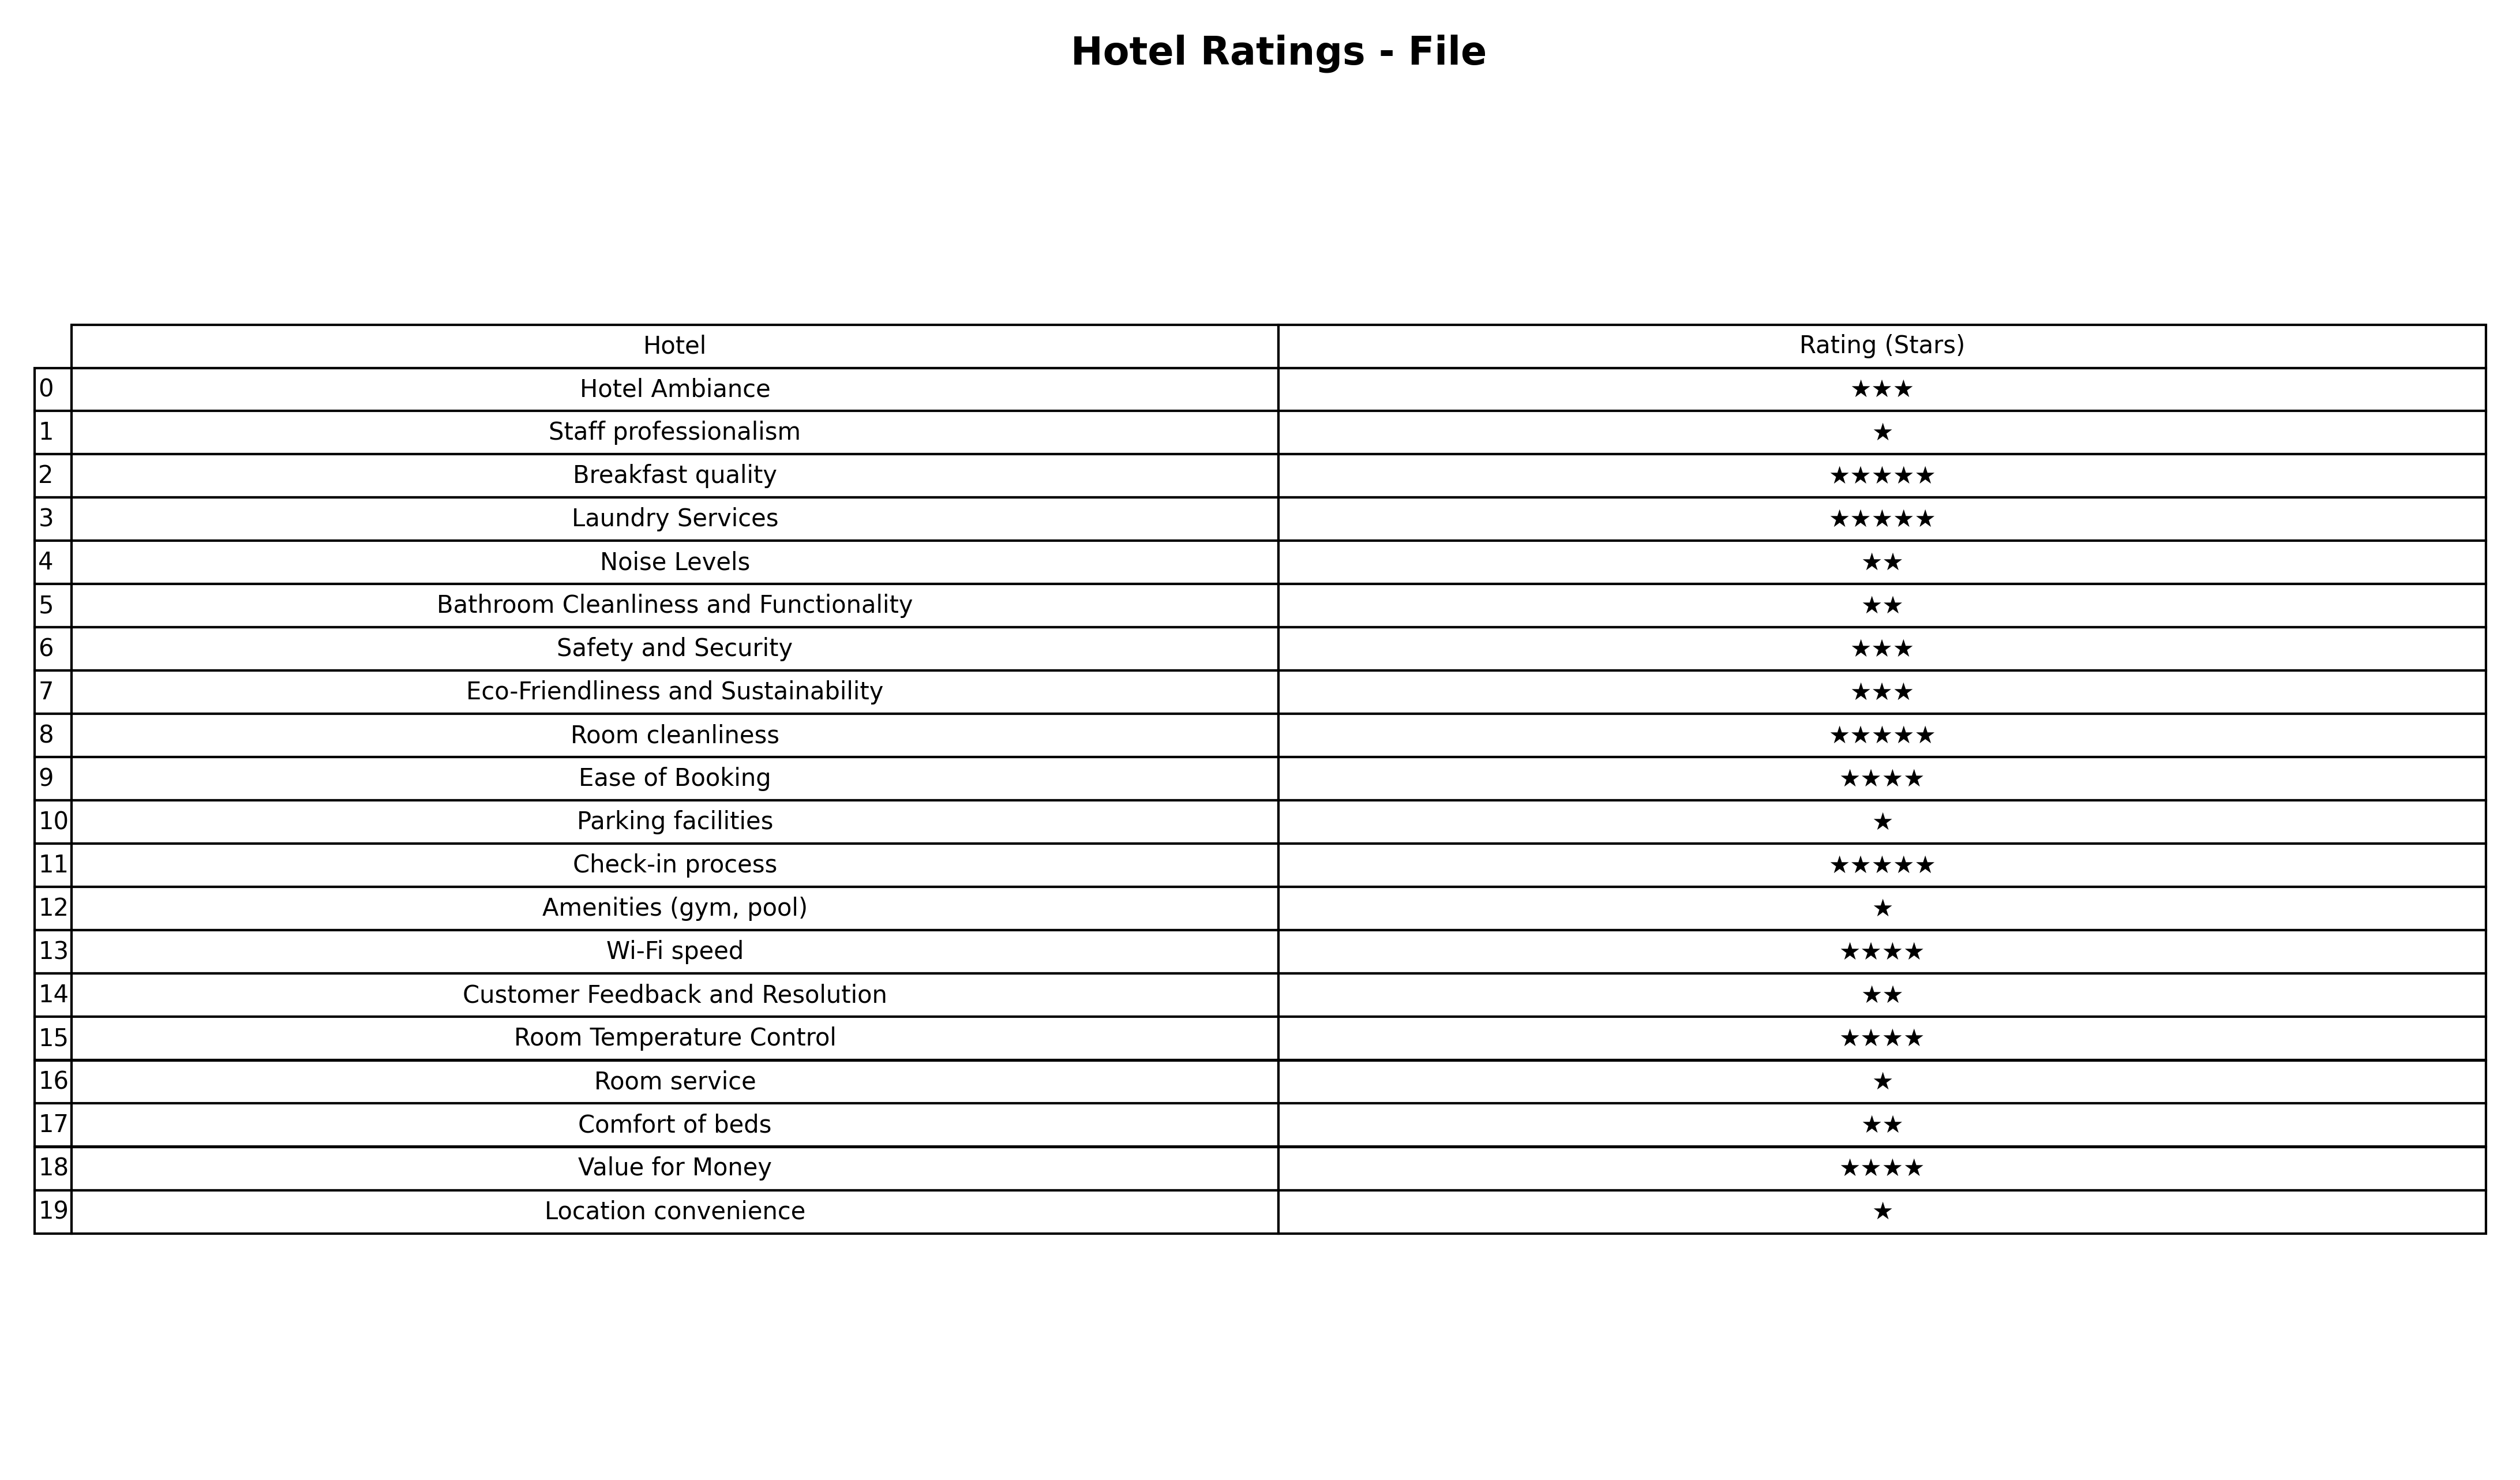
question: What are five star services?
answer: Breakfast qualityLaundry ServicesRoom cleanlinessCheck-in process